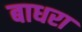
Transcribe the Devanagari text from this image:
बाधरा